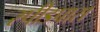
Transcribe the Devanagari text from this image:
स्पीडपास